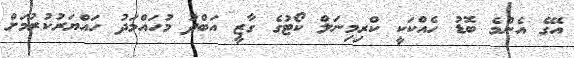
އޭގެ އެންމެ ބޮޑު ހެއްކަކީ ކްރިމިނަލް ކޯޓުގެ ގާޒީ އަބްދު މުހައްމަދު ހައްޔަރުކުރުމަށް